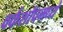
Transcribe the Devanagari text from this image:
वर्कशॉपमध्ये